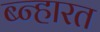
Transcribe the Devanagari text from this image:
ब्न्हारत